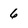
Character: 6